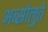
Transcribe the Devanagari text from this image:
अब्सोलुते